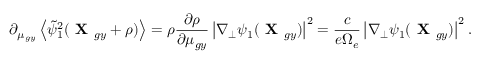
\partial _ { \mu _ { g y } } \left\langle \tilde { \psi } _ { 1 } ^ { 2 } ( \textbf { X } _ { g y } + \boldsymbol { \rho } ) \right\rangle = \rho \frac { \partial \rho } { \partial \mu _ { g y } } \left| \nabla _ { \perp } \psi _ { 1 } ( \textbf { X } _ { g y } ) \right| ^ { 2 } = \frac { c } { e \Omega _ { e } } \left| \nabla _ { \perp } \psi _ { 1 } ( \textbf { X } _ { g y } ) \right| ^ { 2 } .